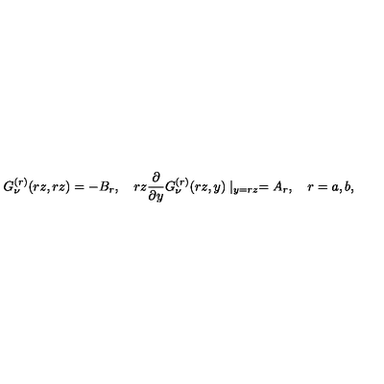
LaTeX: G _ { \nu } ^ { ( r ) } ( r z , r z ) = - B _ { r } , \quad r z \frac { \partial } { \partial y } G _ { \nu } ^ { ( r ) } ( r z , y ) \mid _ { y = r z } = A _ { r } , \quad r = a , b ,